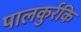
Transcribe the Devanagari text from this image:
पालकुर्रकि